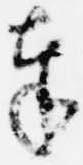
奉